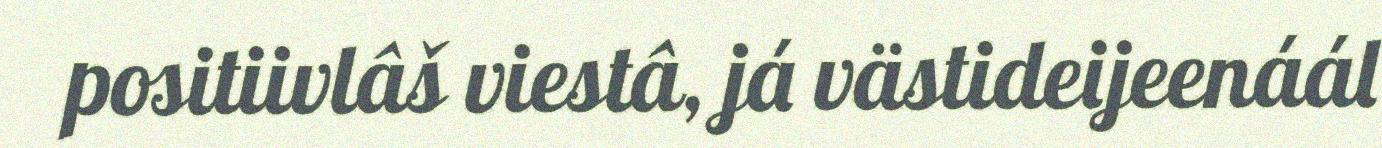
positiivlâš viestâ, já västideijeenáál